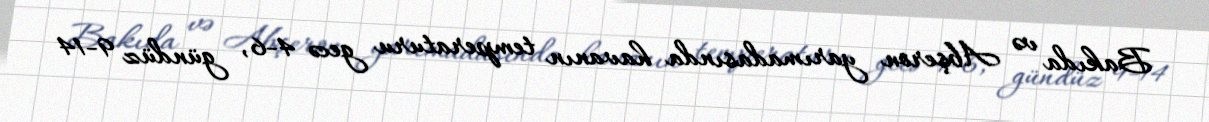
Bakıda və Abşeron yarımadasında havanın temperaturu gecə 4-6, gündüz 9-14